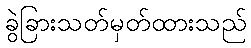
ခွဲခြားသတ်မှတ်ထားသည်